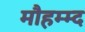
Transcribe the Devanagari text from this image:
मौहम्म्द